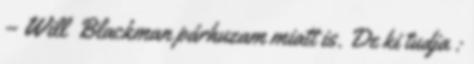
– Will Blackman párhuzam miatt is. De ki tudja :